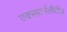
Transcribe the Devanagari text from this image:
एक्सटर्नलीटीज़